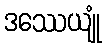
ဒဿေယျုံ